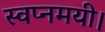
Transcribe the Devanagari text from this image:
स्वप्नमयी।